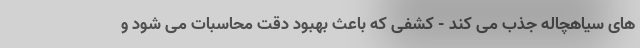
های سیاهچاله جذب می کند - کشفی که باعث بهبود دقت محاسبات می شود و